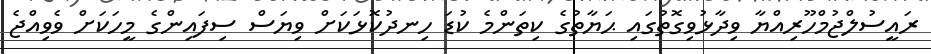
ރައީސުލްޖުމްހޫރިއްޔާ ވިދާޅުވިގޮތުގައި ޙަޔާތުގެ ކިތަންމެ ކުޑަ ހިނދުކޮޅަކަށް ވިޔަސް ސިފައިންގެ މީހަކަށް ވެވިއްޖެ